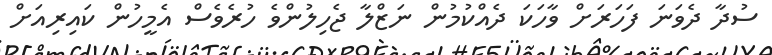
ސުދާ ދެވަނަ ފަހަރަށް ވާހަކަ ދެއްކުމުން ނަޒްލާ ޖެހިލުންވެ ހުރެވެސް އެމީހުން ކައިރިއަށް